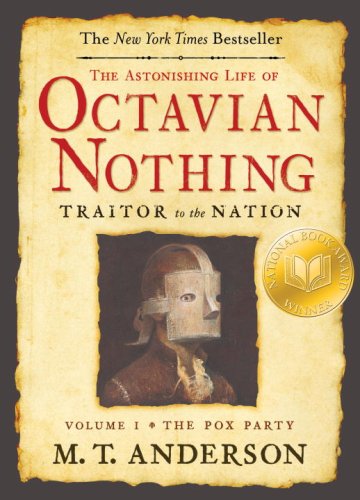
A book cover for The Astonishing Life of Octavian Nothing, Traitor to the Nation, Volume I: The Pox Party; M.T. Anderson; Teen & Young Adult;